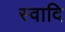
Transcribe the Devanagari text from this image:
स्वादि